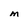
Character: M